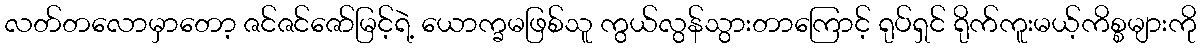
လတ်တလောမှာတော့ ဇင်ဇင်ဇော်မြင့်ရဲ့ ယောက္ခမဖြစ်သူ ကွယ်လွန်သွားတာကြောင့် ရုပ်ရှင် ရိုက်ကူးမယ့်ကိစ္စများကို